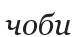
чоби